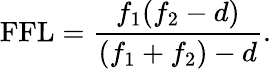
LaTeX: {\mathrm{FFL}}={\frac{f_{1}(f_{2}-d)}{(f_{1}+f_{2})-d}}.